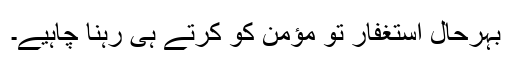
بہرحال استغفار تو مؤمن کو کرتے ہی رہنا چاہیے۔